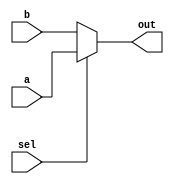
module conditional_operator_assignment (
    input wire sel,           // Selection signal
    input wire [7:0] a,      // First input value
    input wire [7:0] b,      // Second input value
    output reg [7:0] out     // Output signal
);

// Behavioral block that uses a conditional operator
always @(*) begin
    // Assign output based on the selection signal
    out = (sel) ? a : b; // If sel is true, assign a, otherwise assign b
end

endmodule